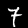
Label: 7